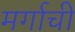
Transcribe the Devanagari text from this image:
मर्गाची